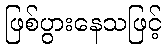
ဖြစ်ပွားနေသဖြင့်